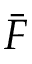
\bar { F }